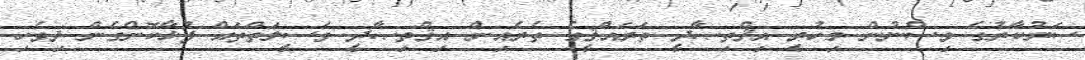
ސަރުކާރުގެ ވިސްނުން މިހުރީ އިޤްތިޞާދީ ތަރައްޤީގެ ތެރެއިން އިޤްތިޞާދީ ވަސީލަތްތައް ފުޅާކޮށްގެން ދިވެހި